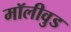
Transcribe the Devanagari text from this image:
मॉलीवुड